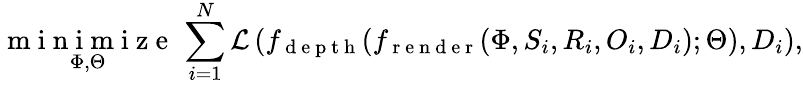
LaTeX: \underset{\Phi,\Theta}{\mathrm{~m~i~n~i~m~i~z~e~}}\, \sum_{i=1}^{N}\mathcal{L}\left(f_{\mathrm{~d~e~p~t~h~}}(f_{\mathrm{~r~e~n~d~e~r~}}(\Phi,S_{i},R_{i},O_{i},D_{i});\Theta),D_{i}\right),